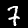
Digit: 7